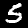
Digit: 5